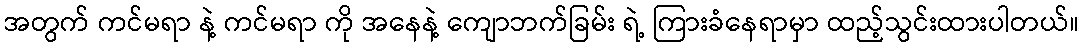
အတွက် ကင်မရာ နဲ့ ကင်မရာ ကို အနေနဲ့ ကျောဘက်ခြမ်း ရဲ့ ကြားခံနေရာမှာ ထည့်သွင်းထားပါတယ်။